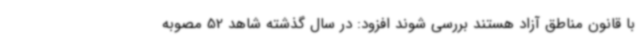
با قانون مناطق آزاد هستند بررسی شوند افزود: در سال گذشته شاهد 52 مصوبه